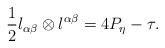
LaTeX: \begin{align*}\frac{1}{2}l_{\alpha\beta}\otimes l^{\alpha\beta}=4P_{\eta}-\tau.\end{align*}